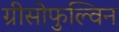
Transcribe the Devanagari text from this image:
ग्रीसोफुल्विन